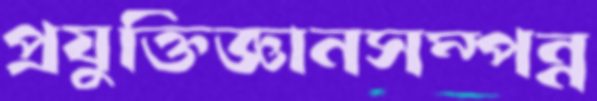
প্রযুক্তিজ্ঞানসম্পন্ন